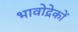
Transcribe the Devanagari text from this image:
भावोद्रेकों